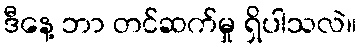
ဒီနေ့ ဘာ တင်ဆက်မှု ရှိပါသလဲ။